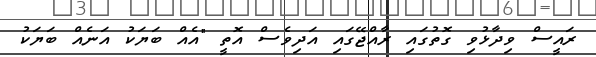
ރައީސް ވިދާޅުވި ގޮތުގައި ރާއްޖޭގައި އަދިވެސް އޮތީ "އެއް ބަޔަކު އަނެއް ބަޔަކު